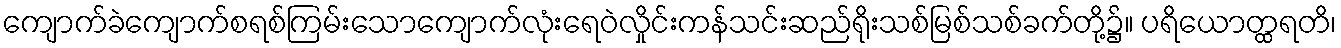
ကျောက်ခဲကျောက်စရစ်ကြမ်းသောကျောက်လုံးရေဝဲလှိုင်းကန်သင်းဆည်ရိုးသစ်မြစ်သစ်ခက်တို့၌။ ပရိယောတ္ထရတိ၊